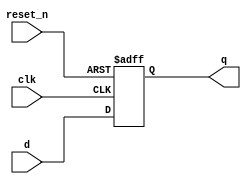
//Resettable D Flip-Flop with active-low asynchronous reset
module _dff_r_async(q, clk, reset_n, d);
	input clk, reset_n, d;	//clock, active-low reset, data
	output q;	//output
	reg q;
	
	//bevavioral implementation
	always @ (posedge clk or posedge reset_n)
	begin
		if (reset_n == 1) q <= 1'b0;	//reset = 0, then q = 0
		else q <= d;						//reset = 1, q = d
	end
endmodule